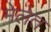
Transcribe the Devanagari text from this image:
मेलेत